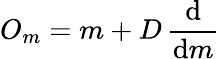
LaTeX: O_{m}=m+D\, {\frac{\mathrm{d}}{\mathrm{d}m}}